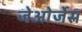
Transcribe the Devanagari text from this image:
जेओर्जेस